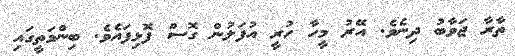
ތާރާ ޖަވާބު ދިނެވެ. އޭރު މީހާ ހުރީ އުފަލުން ގޮސް ފޮޅިފައެވެ. ބިންމަތީގައި